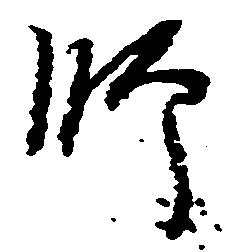
師